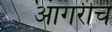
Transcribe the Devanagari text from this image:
आगरीच